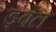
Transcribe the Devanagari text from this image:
डंबेल